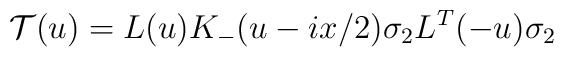
{\cal T} (u) = L (u) K_{-} (u - i x/2) \sigma_2 L^T (-u)\sigma_2